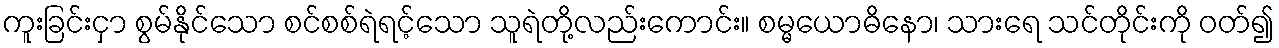
ကူးခြင်းငှာ စွမ်နိုင်သော စင်စစ်ရဲရင့်သော သူရဲတို့လည်းကောင်း။ စမ္မယောဓိနော၊ သားရေ သင်တိုင်းကို ဝတ်၍